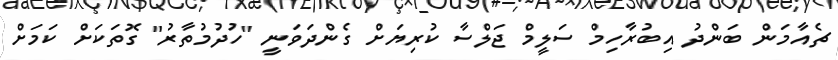
ޗެއާމަން ބަންދު އިބުރާހިމް ސަލީމް ޖަލްސާ ކުރިޔަށް ގެންދަވަނީ "ހުދުމުތާރު" ގޮތަކަށް ކަމަށް